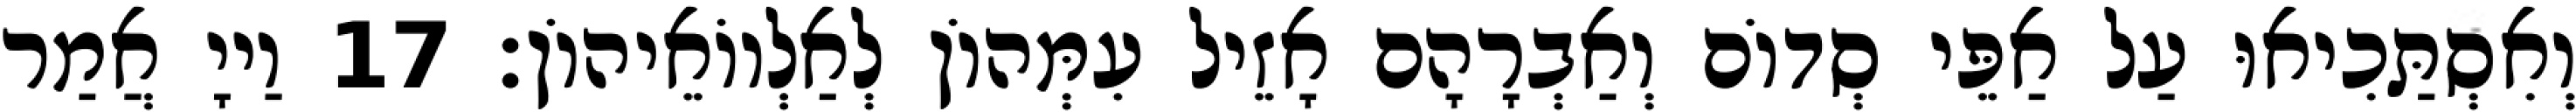
וְאִסְתַּכִיאוּ עַל אַפֵּי סְדוֹם וְאַבְרָהָם אָזֵיל עִמְּהוֹן לְאַלְווֹאֵיהוֹן׃ 17 וַייָ אֲמַר